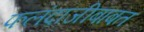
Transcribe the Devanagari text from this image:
फलंदाजीबाबत